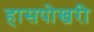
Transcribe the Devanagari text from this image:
हासपोखरी